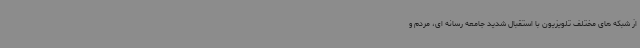
از شبکه های مختلف تلویزیون با استقبال شدید جامعه رسانه ای، مردم و